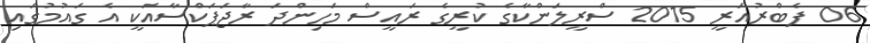
06 ފެބްރުއަރީ 2015 ސްރީލަންކާގެ ކުރީގެ ރައީސް މަހިންދަ ރާޖަޕަކްސާއަކީ އެ ގައުމުގައި